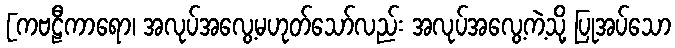
[ကဗဠီကာရော၊ အလုပ်အလွေ့မဟုတ်သော်လည်း အလုပ်အလွေ့ကဲ့သို့ ပြုအပ်သော